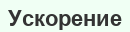
Ускорение